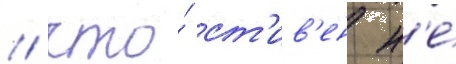
/ что́ ст'ив'ен н'е́